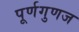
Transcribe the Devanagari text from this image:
पूर्णगुणज